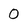
Character: 0